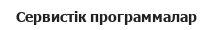
Сервистік программалар